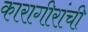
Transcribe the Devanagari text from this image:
कारागीरांची